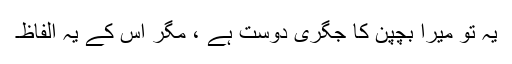
یہ تو میرا بچپن کا جگری دوست ہے ، مگر اس کے یہ الفاظ۔